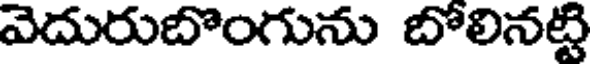
వెదురుబొంగును బోలినట్టి